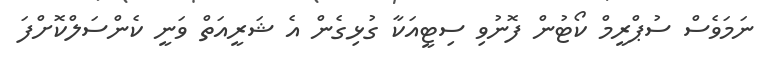
ނަމަވެސް ސުޕްރީމް ކޯޓުން ފޮނުވި ސިޓީއަކާ ގުޅިގެން އެ ޝަރީއަތް ވަނީ ކެންސަލްކޮށްފަ